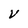
Character: V